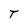
Character: T